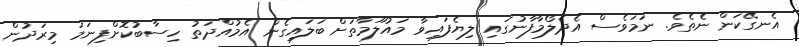
އެނގޭކަން ނެތެވެ. ނަމަވެސް އެދެލޯމާފާނުގައި ލިޔެފައިވާ މައުލޫމާތަށް ބަލައިގެން އެމުއްދަތު ހިސާބުކޮށްފިނަމަ މިރަދުން